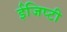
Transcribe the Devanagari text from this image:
ईजिप्टी